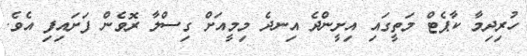
ހުރިދިމާ ކާޕެޓް މަތީގައި އިށީންދެ އިނދެ މިމީއަށް ގިސްލާ ރޮވެން ފަށައިފި އެވެ.